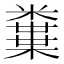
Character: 𥽒